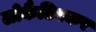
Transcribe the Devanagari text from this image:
लोकैटिवकर